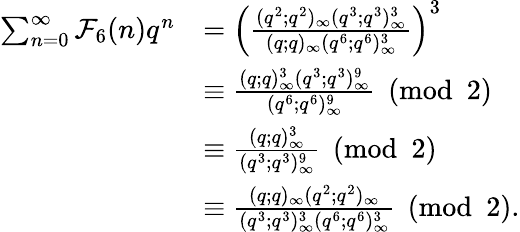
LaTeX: \begin{array}{rl}{\sum_{n=0}^{\infty}\mathcal{F}_{6}(n)q^{n}}&{=\left(\frac{(q^{2};q^{2})_{\infty}(q^{3};q^{3})_{\infty}^{3}}{(q;q)_{\infty}(q^{6};q^{6})_{\infty}^{3}}\right)^{3}}\\ &{\equiv\frac{(q;q)_{\infty}^{3}(q^{3};q^{3})_{\infty}^{9}}{(q^{6};q^{6})_{\infty}^{9}}\pmod 2}\\ &{\equiv\frac{(q;q)_{\infty}^{3}}{(q^{3};q^{3})_{\infty}^{9}}\pmod 2}\\ &{\equiv\frac{(q;q)_{\infty}(q^{2};q^{2})_{\infty}}{(q^{3};q^{3})_{\infty}^{3}(q^{6};q^{6})_{\infty}^{3}}\pmod 2.}\end{array}